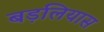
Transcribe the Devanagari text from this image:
बड़लियास